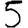
Digit: 5